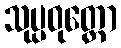
သုပ္ပဝုတ္တော